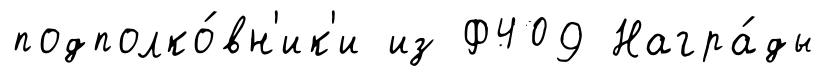
подполко́вн'ик'и из Ф409 Награ́ды